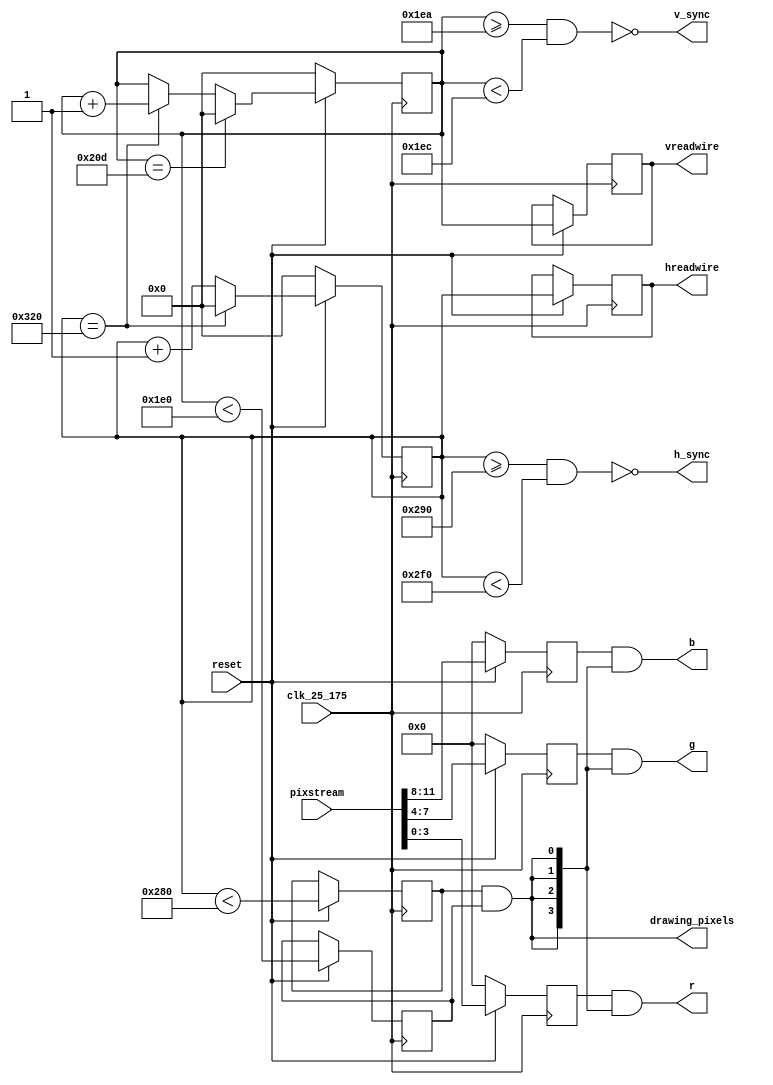
`default_nettype none
`timescale 1ns/1ns

module VGAcore 
    # (
        parameter NATIVE_HRES = 640,
        parameter FRONT_PORCH_H = 16,
        parameter SYNC_PULSE_H = 96,
        parameter BACK_PORCH_H = 48,

        parameter NATIVE_VRES = 480,
        parameter FRONT_PORCH_V = 10,
        parameter SYNC_PULSE_V = 2,
        parameter BACK_PORCH_V = 33,
        parameter RES_PRESCALER = 1
    ) (
        input wire clk_25_175,
        input wire reset,
        output wire drawing_pixels,
        output wire h_sync,
        output wire v_sync,
        output reg[9:0] hreadwire,
        output reg[9:0] vreadwire,
        input wire[11:0] pixstream,
        output wire[3:0] r,
        output wire[3:0] g,
        output wire[3:0] b
);

    /* expected frequency is 40Hz. Need to find such a prescaler that
       1. divides 800, 840, 968, 1056
       2. expects a clock that can be generated from 12MHz 

       common divisors of 800, 840, 968 and 1056 are 1, 2, 4, 8
       this means that frequencies are constrained to 40, 20, 10, 5 MHz

       with prescaler = 
    */

    reg [9:0] hscan_pos;
    reg [9:0] vscan_pos;
    reg [3:0] proposed_r;
    reg [3:0] proposed_b;
    reg [3:0] proposed_g;

    reg h_drawing_pixels, v_drawing_pixels;
    assign drawing_pixels = h_drawing_pixels & v_drawing_pixels;

    /*
    assign h_drawing_pixels = hscan_pos < (NATIVE_HRES / RES_PRESCALER);
    assign v_drawing_pixels = vscan_pos < NATIVE_VRES;

    assign h_sync = !((hscan_pos >= ((NATIVE_HRES + FRONT_PORCH_H) / RES_PRESCALER)) & (hscan_pos < ((NATIVE_HRES + FRONT_PORCH_H + SYNC_PULSE_H) / RES_PRESCALER)));
    assign v_sync = !((vscan_pos >= (NATIVE_VRES + FRONT_PORCH_V)) & (vscan_pos < (NATIVE_VRES + FRONT_PORCH_V + SYNC_PULSE_V)));
    */
    assign r = proposed_r & {(4){drawing_pixels}};
    assign b = proposed_b & {(4){drawing_pixels}};
    assign g = proposed_g & {(4){drawing_pixels}};
    assign h_sync = !((hscan_pos >= ((NATIVE_HRES + FRONT_PORCH_H) / RES_PRESCALER)) & (hscan_pos < ((NATIVE_HRES + FRONT_PORCH_H + SYNC_PULSE_H) / RES_PRESCALER)));
    assign v_sync = !((vscan_pos >= (NATIVE_VRES + FRONT_PORCH_V)) & (vscan_pos < (NATIVE_VRES + FRONT_PORCH_V + SYNC_PULSE_V)));

    always @(posedge clk_25_175) begin
        if (!reset) begin
            hscan_pos <= 0;
            vscan_pos <= 0;
            proposed_r <= {4'b0};
            proposed_g <= {4'b0};
            proposed_b <= {4'b0};

        end else begin
            hreadwire <= hscan_pos;
            vreadwire <= vscan_pos;

            proposed_r[3:0] <= pixstream[3:0];
            proposed_g[3:0] <= pixstream[7:4];
            proposed_b[3:0] <= pixstream[11:8];
            hscan_pos <= hscan_pos + 1'b1;

            h_drawing_pixels <= hscan_pos < (NATIVE_HRES / RES_PRESCALER);
            v_drawing_pixels <= vscan_pos < NATIVE_VRES;

    
            if (hscan_pos == ((NATIVE_HRES + FRONT_PORCH_H + SYNC_PULSE_H + BACK_PORCH_H) / RES_PRESCALER)) begin
                hscan_pos <= 0;
                vscan_pos <= vscan_pos + 1'b1;
            end  

            if (vscan_pos == (NATIVE_VRES + FRONT_PORCH_V + SYNC_PULSE_V + BACK_PORCH_V)) begin
                vscan_pos <= 0;
            end
        end
    end

endmodule